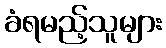
ခံရမည့်သူများ